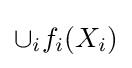
\cup _{i}f_{i}(X_{i})